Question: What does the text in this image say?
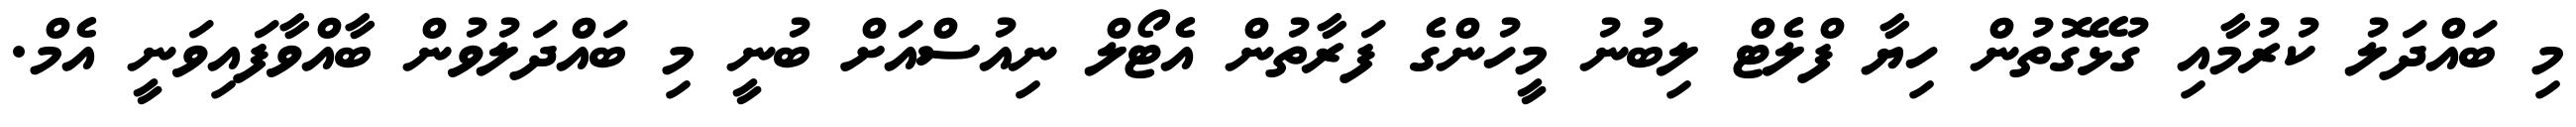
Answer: މި ބައްދަލު ކުރުމާއި ގުޅޭގޮތުން ހިޔާ ފްލެޓް ލިބުނު މީހުންގެ ފަރާތުން އެޓޯލް ނިއުސްއަށް ބުނީ މި ބައްދަލުވުން ބާއްވާފައިވަނީ އެމް.